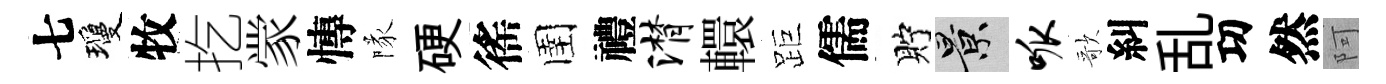
七瓊牧扢䝉慱隊硬徭圉禮潸轘距儒貯景呱歌糾乱㓛然阿